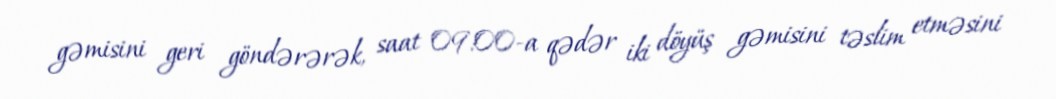
gəmisini geri göndərərək, saat 09:00-a qədər iki döyüş gəmisini təslim etməsini